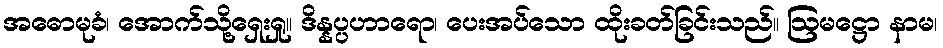
အဓောမုခံ၊ အောက်သို့ရှေးရှု။ ဒိန္နပ္ပဟာရော၊ ပေးအပ်သော ထိုးခတ်ခြင်းသည်။ ဩမဋ္ဌော နာမ၊